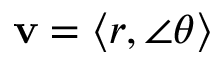
\mathbf { v } = \langle r , \angle \theta \rangle